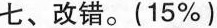
七、改错。(15%)